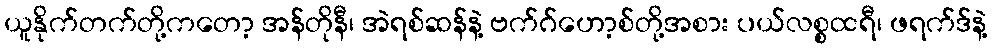
ယူနိုက်တက်တို့ကတော့ အန်တိုနီ၊ အဲရစ်ဆန်နဲ့ ဗက်ဂ်ဟော့စ်တို့အစား ပယ်လစ္စထရီ၊ ဖရက်ဒ်နဲ့